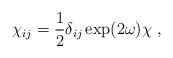
\begin{align*}\chi_{ij}={1\over 2}\delta_{ij}\exp(2\omega)\chi~,\end{align*}